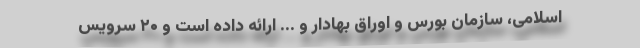
اسلامی، سازمان بورس و اوراق بهادار و ... ارائه داده است و ۲۰ سرویس